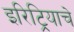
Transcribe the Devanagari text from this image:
इरिट्रियाचे